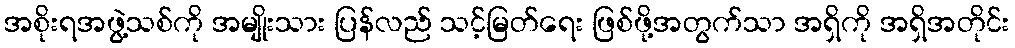
အစိုးရအဖွဲ့သစ်ကို အမျိုးသား ပြန်လည် သင့်မြတ်ရေး ဖြစ်ဖို့အတွက်သာ အရှိကို အရှိအတိုင်း